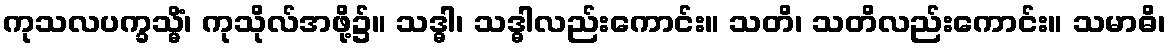
ကုသလပက္ခသ္မိံ၊ ကုသိုလ်အဖို့၌။ သဒ္ဓါ၊ သဒ္ဓါလည်းကောင်း။ သတိ၊ သတိလည်းကောင်း။ သမာဓိ၊